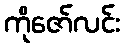
ကိုဇော်လင်း